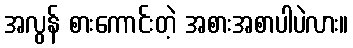
အလွန် စားကောင်းတဲ့ အစားအစာပါပဲလား။